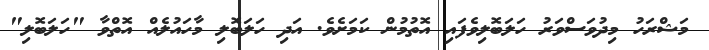
މަޝްރަހު މިދުވަސްވަރު ހަލަބޮލިވެފައި އޮތުމުން ކަމަށެވެ. އަދި ހަލަބޮލި މާހައުލެއް އޮތްވާ "ހަލަބޮލި"